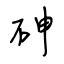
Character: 砷